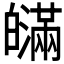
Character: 𤾯